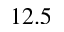
1 2 . 5